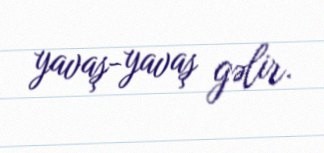
yavaş-yavaş gəlir.